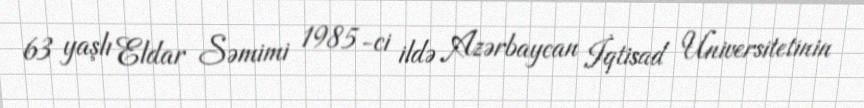
63 yaşlı Eldar Səmimi 1985-ci ildə Azərbaycan İqtisad Universitetinin